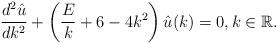
LaTeX: \begin{align*}\frac{d^2 \hat{u}}{d k^2} + \left( \frac{E}{k} + 6 - 4 k^2 \right) \hat{u}(k) = 0, k \in \mathbb{R}.\end{align*}